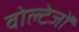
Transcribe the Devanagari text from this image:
वोल्टेजों